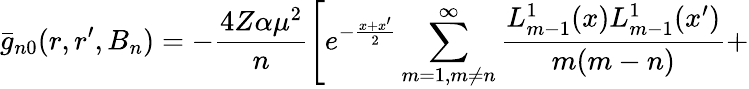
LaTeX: \bar{g}_{n0}(r,r^{\prime},B_{n})=-\frac{4Z\alpha\mu^{2}}{n}\Biggl[e^{-\frac{x+x^{\prime}}{2}}\sum_{m=1,m\neq n}^{\infty}\frac{L_{m-1}^{1}(x)L_{m-1}^{1}(x^{\prime})}{m(m-n)}+